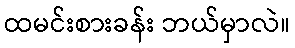
ထမင်းစားခန်း ဘယ်မှာလဲ။